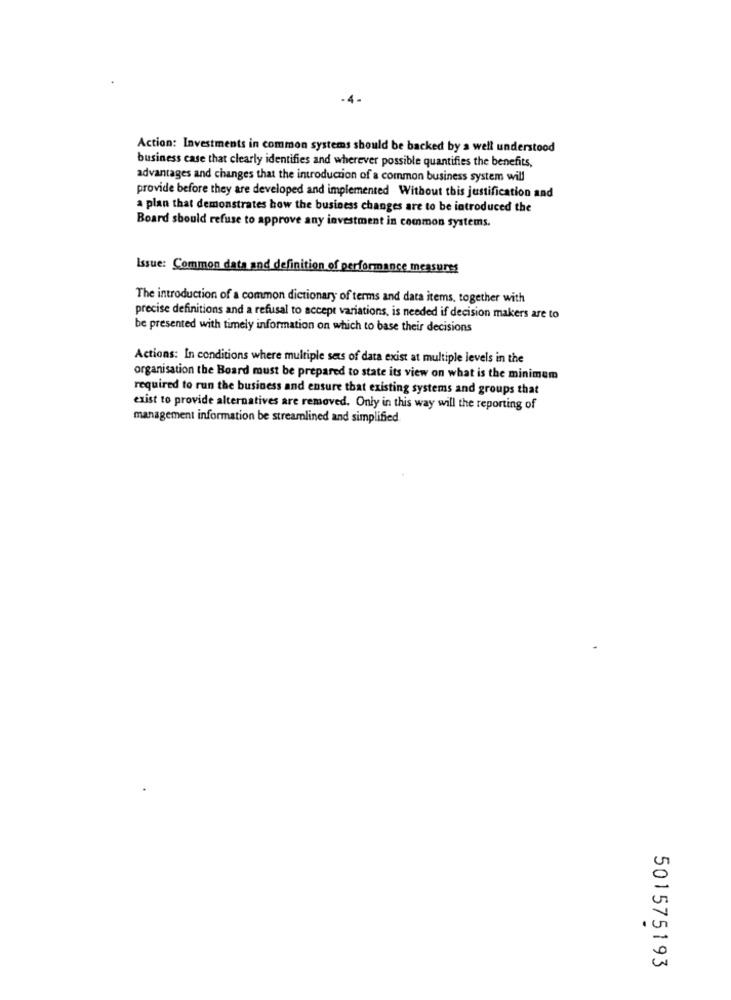
-4-
Action: Investments in common systems should be backed by a well understood
business case that clearly identifies and wherever possible quantifies the benefits,
advantages and changes that the introduction of a common business system will
provide before they are developed and implemented Without this justification and
a plan that demonstrates how the business changes are to be introduced the
Board should refuse to approve any investment in common systems.
Issue: Common data and definition of performance measures
The introduction of a common dictionary of terms and data items, together with
precise definitions and a refusal to accept variations, is needed if decision makers are to
be presented with timely information on which to base their decisions
Actions: In conditions where multiple sets of data exist at multiple levels in the
organisation the Board must be prepared to state its view on what is the minimum
required to run the business and ensure that existing systems and groups that
exist to provide alternatives are removed. Only in this way will the reporting of
management information be streamlined and simplified
501575193